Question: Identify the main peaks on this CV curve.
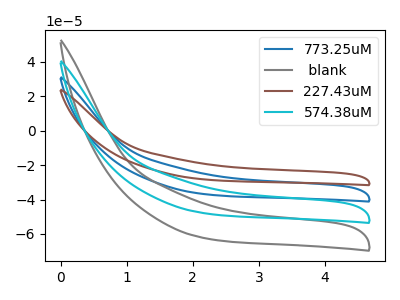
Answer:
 <answer>The blue curve "773.25uM" has no peaks. The gray curve " blank" has no peaks. The brown curve "227.43uM" has no peaks. The cyan curve "574.38uM" has no peaks.</answer>
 <eval></eval>